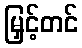
မြှင့်တင်